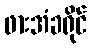
ဖားအံခရိုင်